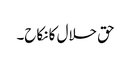
حق حلال کا نکاح۔